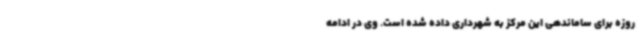
روزه برای ساماندهی این مرکز به شهرداری داده شده است. وی در ادامه